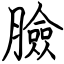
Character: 臉